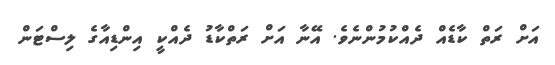
އަށް ރަތް ކާޑެއް ދެއްކުމުންނެވެ. އޭނާ އަށް ރަތްކާޑު ދެއްކީ އިންޑިއާގެ ލިސްޓަން